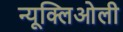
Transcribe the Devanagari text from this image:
न्यूक्लिओली